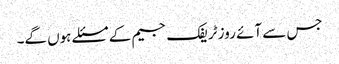
جس سے آئے روز ٹریفک جیم کے مسئلے ہوں گے۔